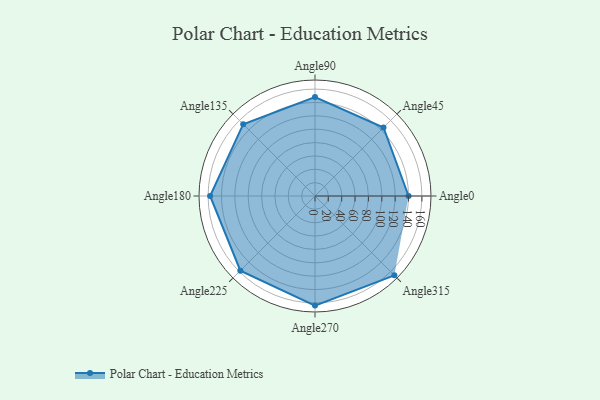
{"axis": {"x": "Angle", "y": "Radius"}, "legend": [""], "data": [{"x": "Angle0", "y": 140.0, "type": ""}, {"x": "Angle45", "y": 145.0, "type": ""}, {"x": "Angle90", "y": 148.0, "type": ""}, {"x": "Angle135", "y": 152.0, "type": ""}, {"x": "Angle180", "y": 157.0, "type": ""}, {"x": "Angle225", "y": 158.0, "type": ""}, {"x": "Angle270", "y": 164.0, "type": ""}, {"x": "Angle315", "y": 168.0, "type": ""}]}